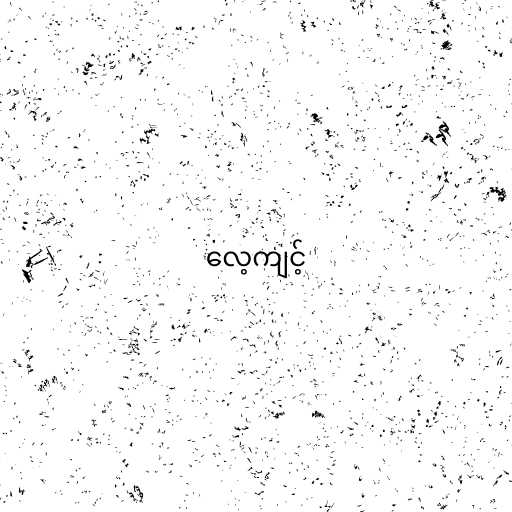
လေ့ကျင့်